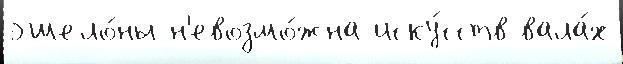
эшело́ны н'евозмо́жна иску́сств вала́х